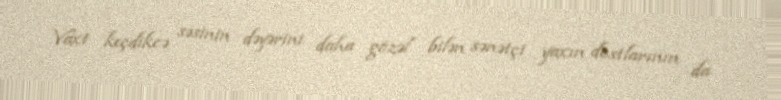
Vaxt keçdikcə səsinin dəyərini daha gözəl bilən sənətçi yaxın dostlarının da